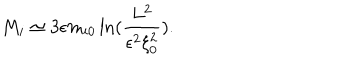
LaTeX: M _ { i } \simeq 3 \epsilon m _ { i 0 } \ln ( \frac { L ^ { 2 } } { \epsilon ^ { 2 } \xi _ { 0 } ^ { 2 } } ) .